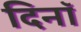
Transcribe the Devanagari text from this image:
दिनॉ